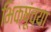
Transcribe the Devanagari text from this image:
भिक्षूंच्या